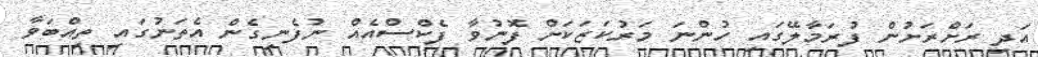
އަދި ރަށްރަށުން ފުރަމާލޭގައި ހުންނަ މަރުކަޒަކަށް ފޮނުވާ ފެކްސްއެއް ނުފެނިގެން އެތަނުގައި ތިއްބަވާ